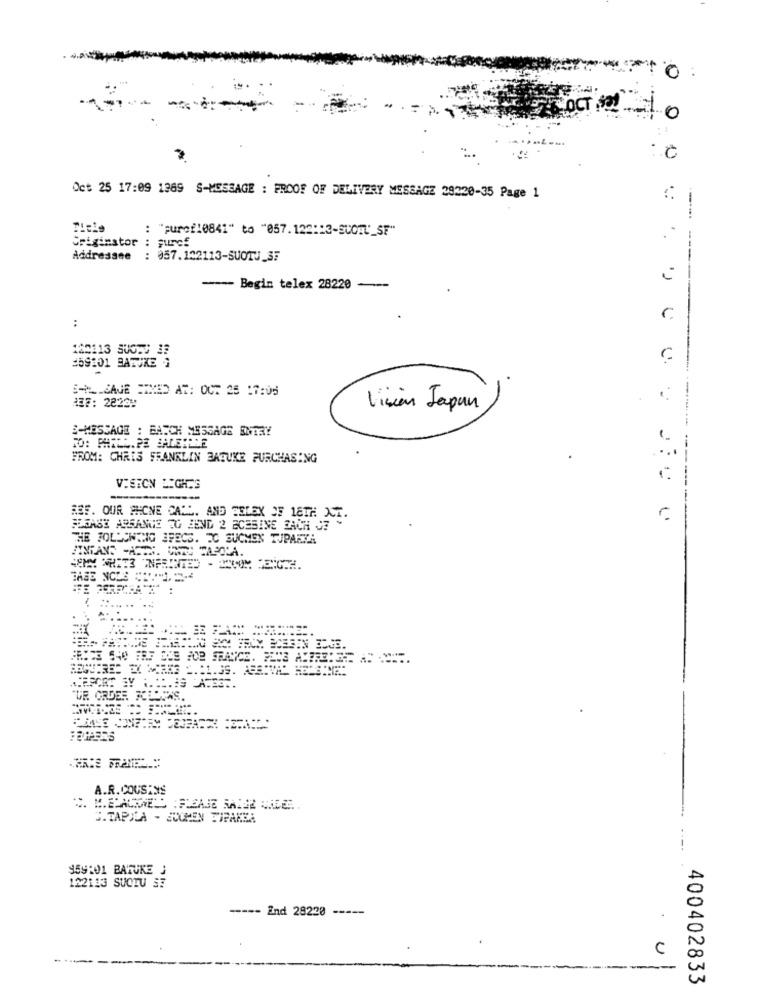
0
0
Oct 25 17:09 1369 S-MESSAGE : PROOF OF DELIVERY MESSAGE 29220-35 Page 1
Title
: "purof10841" to "057. 122:13-SUCHU_SF"
Criginstor
..
Addressee
: 057.122113-SUOTJ_3F
-- Begin telex 28220 ---
-----
:
C
100113 SUOTO 33
259101 BARUKE }
SA __ CAJE ETMED AT: OCT 25 17:05
REF: 2823 !!
Visión Japan
E-MESSAGE : BATCH MESSAGE ENTRY
FROM: CHRIS FRANKLIN BABUKE PURCHASING
VISION LIGHTS
REF. OUR MCNE CALL. AND TELEX OF 18TH OCT.
FLSASY ARRANGE TO BEND 2 ECESINE ZACH JE "
THE FOLLOWING SPECS. EC SUOMEN TUPARTA
....
A.R. COUSINS
G.TAPILA - SUCHEN DIPARSA
959:01 BATUKE J
122113 SUCTU SE
---- End 28220 -----
C
400402833